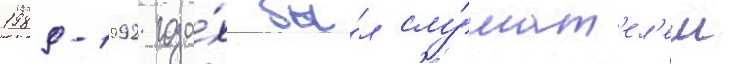
1989-1992 года́х бы́л слу́шат'ел'ем